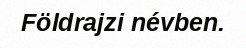
Földrajzi névben.